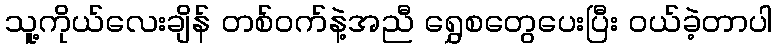
သူ့ကိုယ်လေးချိန် တစ်ဝက်နဲ့အညီ ရွှေစတွေပေးပြီး ဝယ်ခဲ့တာပါ